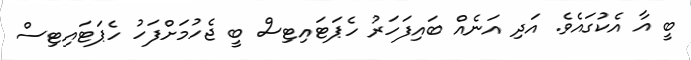
ބީ އާ އެކުގައެވެ. އަދި އަނެއް ބައިފަހަރު ހެޕަޓައިޓިސް ބީ ޖެހުމަށްފަހު ހެޕަޓައިޓިސް